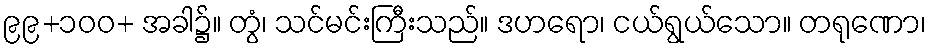
၉၉+၁၀၀+ အခါ၌။ တွံ၊ သင်မင်းကြီးသည်။ ဒဟရော၊ ငယ်ရွယ်သော။ တရုဏော၊